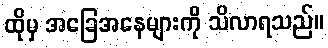
ထိုမှ အခြေအနေများကို သိလာရသည်။